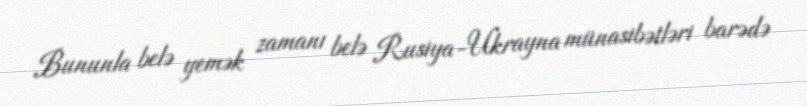
Bununla belə yemək zamanı belə Rusiya-Ukrayna münasibətləri barədə